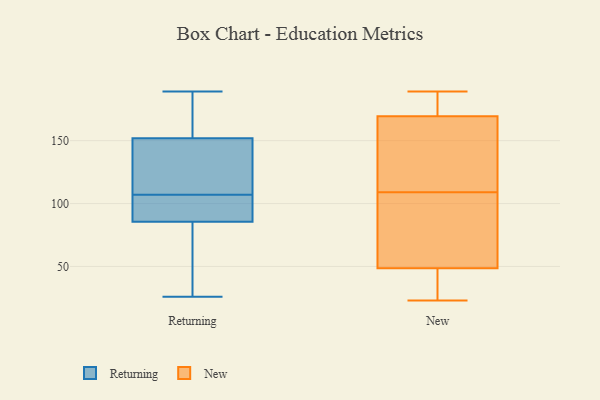
{"axis": {"x": "Net Income (USD K)", "y": "Value"}, "legend": ["New", "Returning"], "data": [{"x": "", "y": 183, "type": "Returning"}, {"x": "", "y": 189, "type": "Returning"}, {"x": "", "y": 116, "type": "Returning"}, {"x": "", "y": 146, "type": "Returning"}, {"x": "", "y": 91, "type": "Returning"}, {"x": "", "y": 68, "type": "Returning"}, {"x": "", "y": 69, "type": "Returning"}, {"x": "", "y": 111, "type": "Returning"}, {"x": "", "y": 107, "type": "Returning"}, {"x": "", "y": 92, "type": "Returning"}, {"x": "", "y": 170, "type": "Returning"}, {"x": "", "y": 94, "type": "Returning"}, {"x": "", "y": 26, "type": "Returning"}, {"x": "", "y": 109, "type": "New"}, {"x": "", "y": 90, "type": "New"}, {"x": "", "y": 24, "type": "New"}, {"x": "", "y": 38, "type": "New"}, {"x": "", "y": 23, "type": "New"}, {"x": "", "y": 136, "type": "New"}, {"x": "", "y": 47, "type": "New"}, {"x": "", "y": 73, "type": "New"}, {"x": "", "y": 182, "type": "New"}, {"x": "", "y": 171, "type": "New"}, {"x": "", "y": 189, "type": "New"}, {"x": "", "y": 189, "type": "New"}, {"x": "", "y": 116, "type": "New"}, {"x": "", "y": 169, "type": "New"}, {"x": "", "y": 49, "type": "New"}, {"x": "", "y": 63, "type": "New"}, {"x": "", "y": 143, "type": "New"}]}